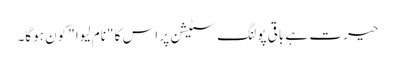
حیرت ہے باقی پولنگ سٹیشن پر اس کا "نام لیوا" کون ہوگا۔